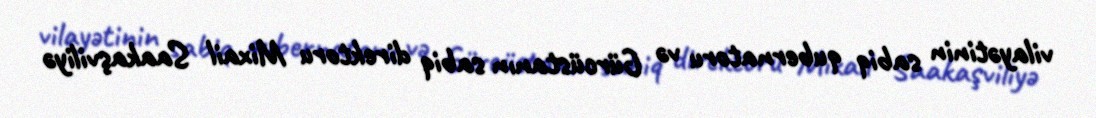
vilayətinin sabiq qubernatoru və Gürcüstanın sabiq direktoru Mixail Saakaşviliyə